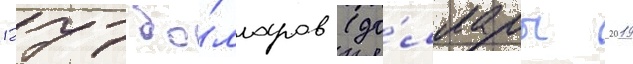
1277 до́лларов (до́ллары 2019